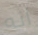
انه